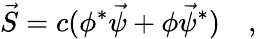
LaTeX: \vec{S}=c(\phi^{*}\vec{\psi}+\phi\vec{\psi}^{*})\quad,